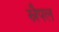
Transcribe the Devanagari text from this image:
स्नैपल